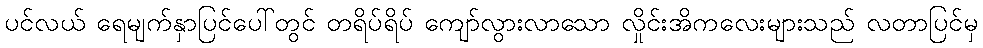
ပင်လယ် ရေမျက်နှာပြင်ပေါ်တွင် တရိပ်ရိပ် ကျော်လွားလာသော လှိုင်းအိကလေးများသည် လတာပြင်မှ